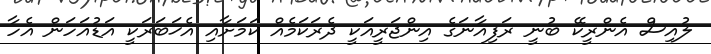
ލުއިސް އެންރީކޭ ބުނީ ރަފިއާނަގެ އިންޖަރީއަކީ ދެރަކަމެއް ކަމަށާއި އެޚަބަރަކީ އަޑުއަހަން އެހާ